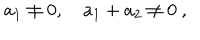
a _ { 1 } \neq 0 , \quad a _ { 1 } + a _ { 2 } \neq 0 \ ,